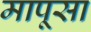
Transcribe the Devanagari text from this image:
मापूसा